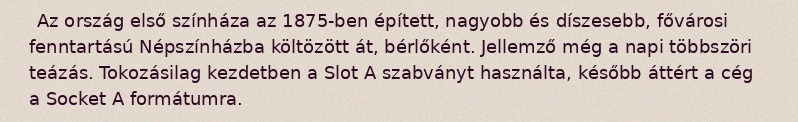
Az ország első színháza az 1875-ben épített, nagyobb és díszesebb, fővárosi fenntartású Népszínházba költözött át, bérlőként. Jellemző még a napi többszöri teázás. Tokozásilag kezdetben a Slot A szabványt használta, később áttért a cég a Socket A formátumra.